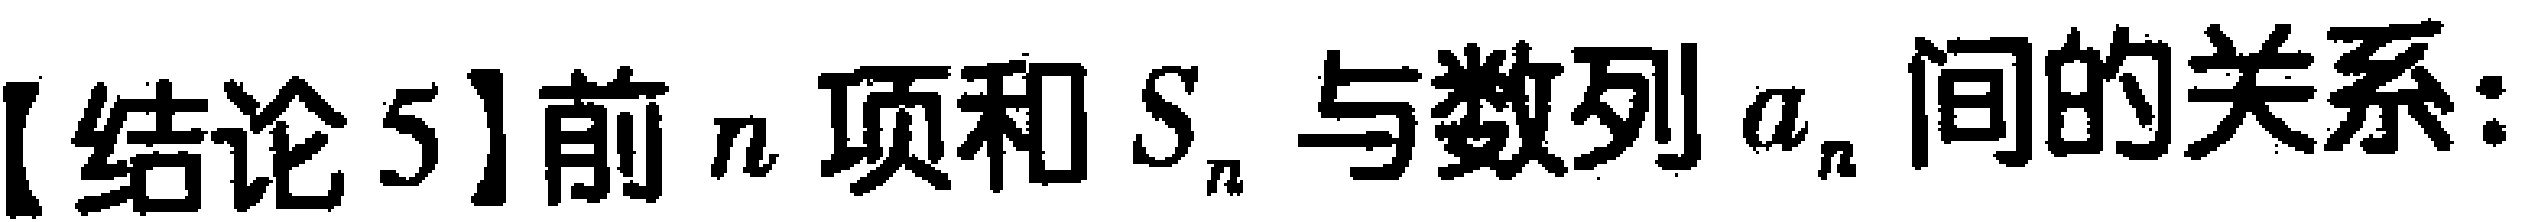
【结论5】前 \(n\) 项和 \(S_{n}\) 与数列 \(a_{n}\) 间的关系：